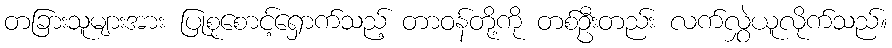
တခြားသူများအား ပြုစုစောင့်ရှောက်သည့် တာဝန်တို့ကို တစ်ဦးတည်း လက်လွှဲယူလိုက်သည်။